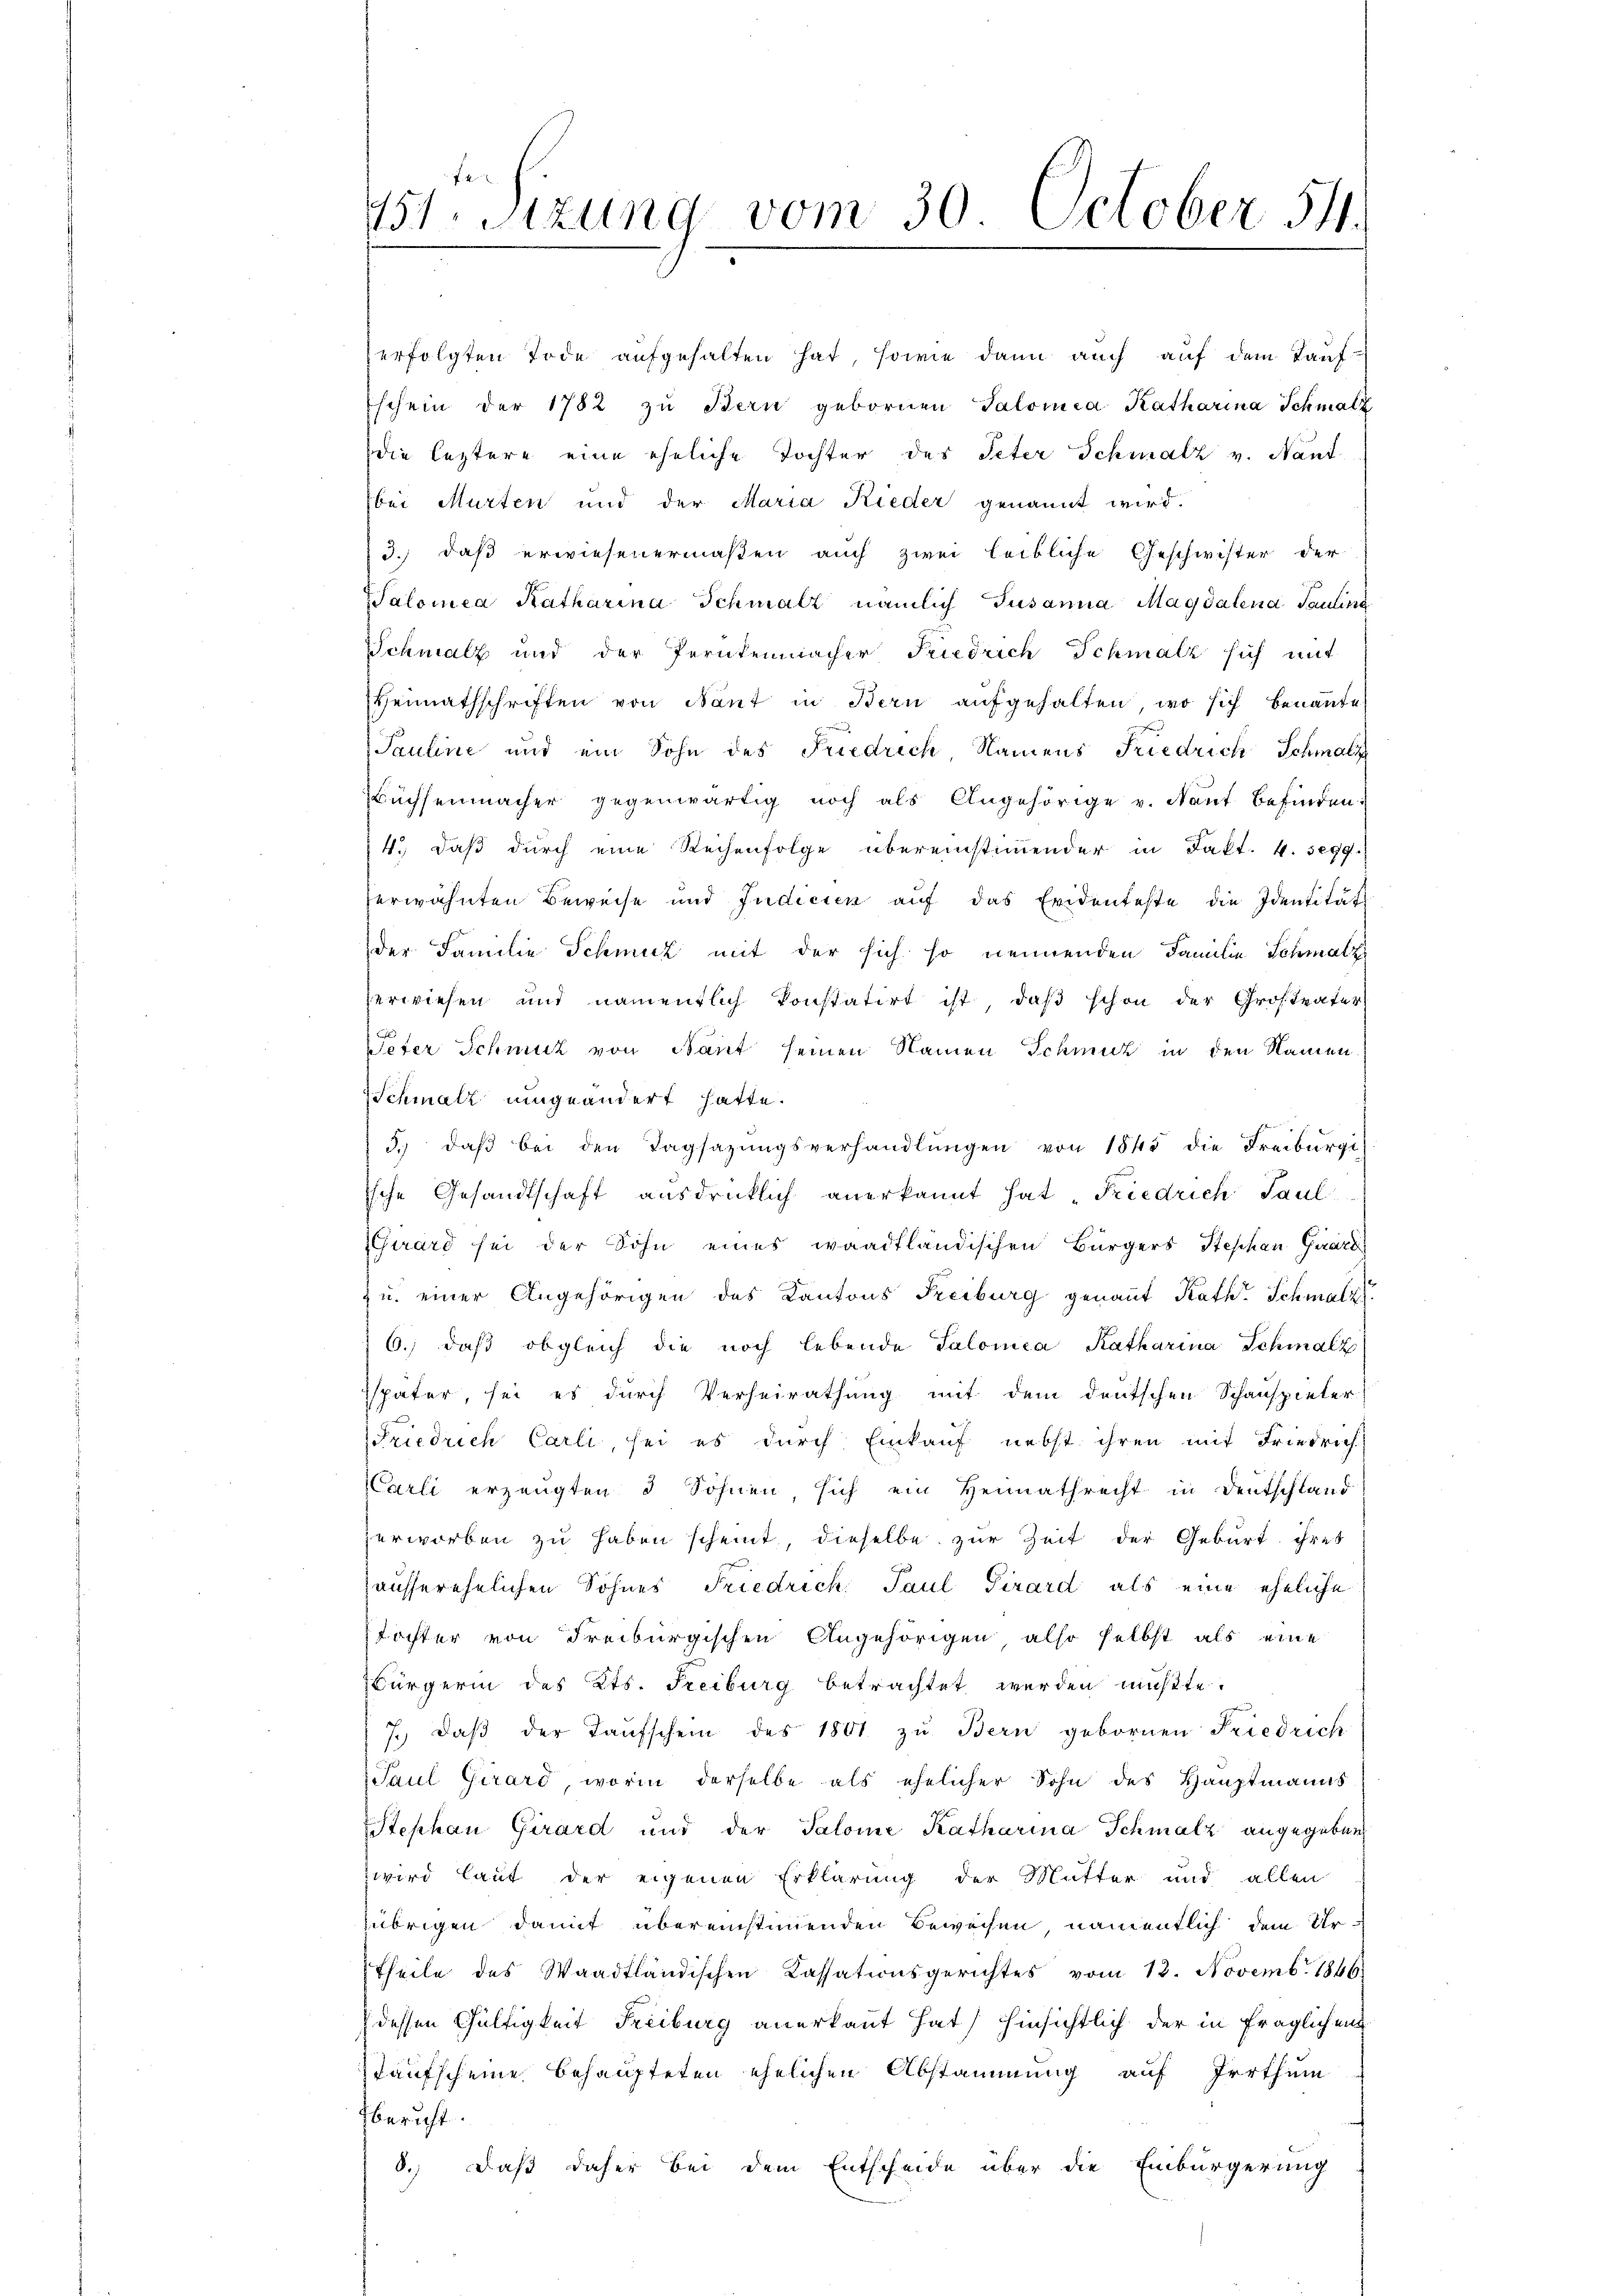
451. Sitzung vom 30. October 54.

erfolgten Tode aufgehalten hat, sowie dann auch auf dem Tauf-
Eschein der 1782 zu Bern gebornen Salomea Katharina Schmalz
die leztere eine eheliche Tochter des Peter Schmalz v. Nant
bei Murten und der Maria Rieder genannt wird.
3.) daß erwiesenermaßen auch zwei leibliche Geschwister der
SSalomea Katharina Schmalz nämlich Susanna Magdalena Sauling
Schmalz und der Perntenmacher Friedrich Schmalz sich mit
Heimathschriften von Nant in Bern aufgehalten, wo sich benannte
Pauline und ein Sohn des Friedrich Namens Friedrich Schmalz
Büchsenmacher gegenwärtig noch als Angehörige v. Nant befinden:
4.) Daß durch eine Reihenfolge übereinstimmender in Fakt. 4. 399.
erwähnten Beweise und Indicien aŭf das Evidenteste die Identität
der Familie Schmuck mit der sich so nennenden Familie Schmalz
zerwiesen und namentlich konstatirt ist, daß schon der Großvater
Veter Schmut von Nant seinen Namen Schmut in den Namen
Schmalz umgeändert hatte.
5. daβ bei den Tagsazungsverhandlŭngen von 1845 die Freiburgi
Esche Gesandtschaft ausdrücklich anerkannt hat „Friedrich Paul
Girard sei der Sohn eines waadtländischen Bürgers Stephan Girard
z u. einer Angehörigen des Kantons Freiburg genannt Rath Schmalz
6.) daß obgleich die noch lebende Salomea Katharina Schmalz
später, sei es durch Verheirathung mit dem deutschen Schauspieler
Friedrich Carli, sei es durch Einkauf nebst ihren mit Friedrich
Carli erzeugten 3 Söhnen sich ein Heimathrecht in Deutschland
zerworben zu haben scheint, dieselbe zur Zeit der Geburt ihres
hausserehelichen Sohnes Friedrich, Paul Girard als eine eheliche
Tochter von Freiburgischen Angehörigen also selbst als eine
Bürgerin des Kts. Freiburg betrachtet werden müßte.
7. daβ der Taŭfschein des 1801 zu Bern gebornen Friedrich
Paul Girard, worin derselbe als ehelicher Sohn des Hauptmanns
Stephan Girard und der Salome Katharina Schmalz angegeben
wird laut der eigenen Erklärung der Mutter und allen
übrigen damit übereinstimmenden Beweisen namentlich dem Ur-
Theile des Waadtländischen Cassationsgerichtes vom 13. Novemb. 1866.
dessen Gültigkeit Freiburg anerkannt hat) hinsichtlich der in fraglichen
staufscheine behaupteten ehelichen Abstammung auf Irrthum
bericht.
8.) Daß daher bei dem Entscheide über die Einbürgerung